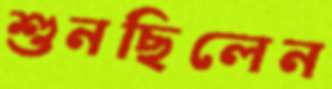
শুনছিলেন